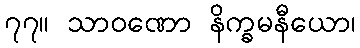
၇၇။ သာဝဏော နိက္ခမနီယော၊